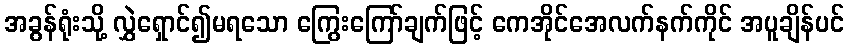
အခွန်ရုံးသို့ လွှဲရှောင်၍မရသော ကြွေးကြော်ချက်ဖြင့် ကေအိုင်အေလက်နက်ကိုင် အပူချိန်ပင်